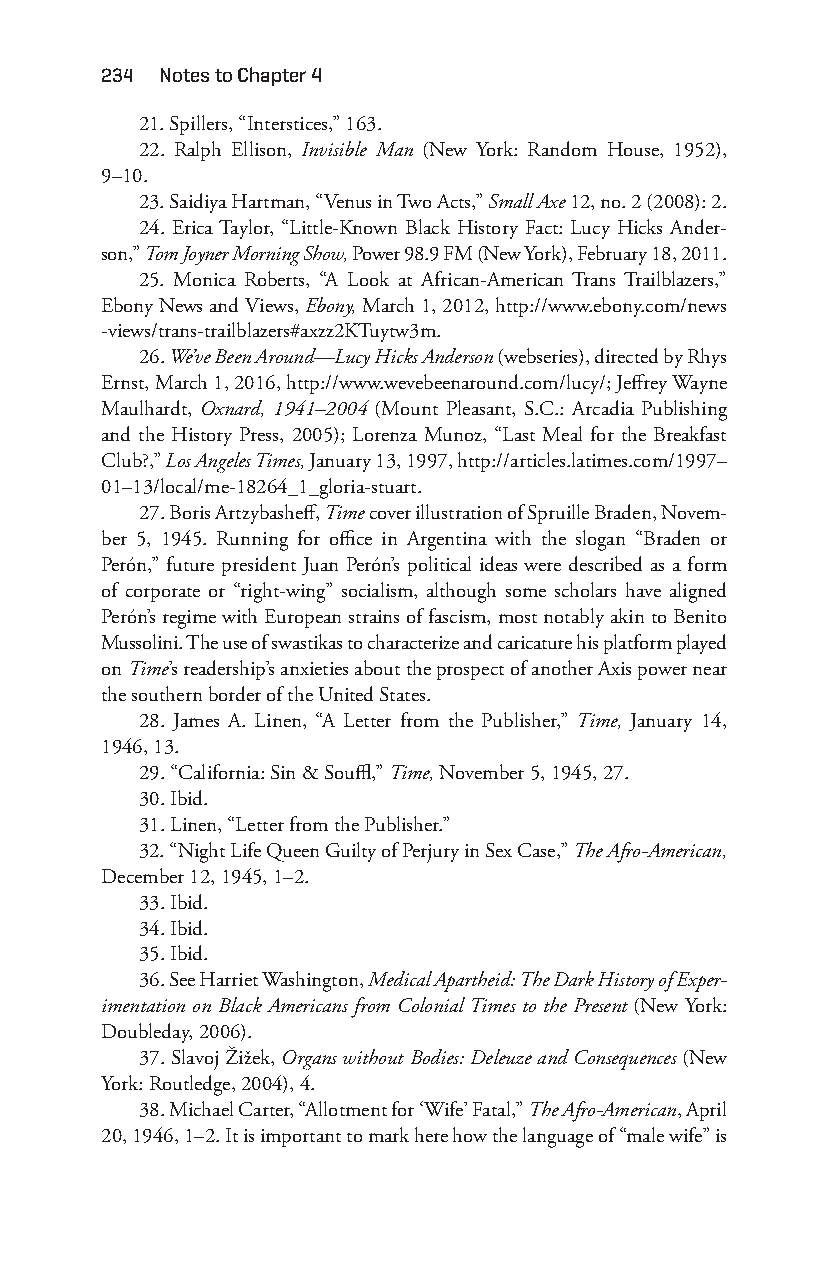
234 notes to chapter 4
 21. Spillers, “Interstices,” 163.
 22. Ralph Ellison, Invisible Man (New York: Random House, 1952),
 9– 10.
 23. Saidiya Hartman, “Venus in Two Acts,” Small Axe 12, no. 2 (2008): 2.
 24. Erica Taylor, “Little-K nown Black History Fact: Lucy Hicks Ander-
 son,” Tom Joyner Morning Show, Power 98.9 FM (New York), February 18, 2011.
 25. Monica Roberts, “A Look at African- American Trans Trailblazers,”
 Ebony News and Views, Ebony, March 1, 2012, http://www.ebony.com/news
 -views/trans-trailblazers#axzz2KTuytw3m.
 26. We’ve Been Around— Lucy Hicks Anderson (webseries), directed by Rhys
 Ernst, March 1, 2016, http://www.wevebeenaround.com/lucy/; Jeffrey Wayne
 Maulhardt, Oxnard, 1941– 2004 (Mount Pleasant, S.C.: Arcadia Publishing
 and the History Press, 2005); Lorenza Munoz, “Last Meal for the Breakfast
 Club?,” Los Angeles Times, January 13, 1997, http://articles.latimes.com/1997–
 01–13/local/me-18264_1_gloria-stuart.
 27. Boris Artzybasheff, Time cover illustration of Spruille Braden, Novem-
 ber 5, 1945. Running for office in Argentina with the slogan “Braden or
 Perón,” future president Juan Perón’s political ideas were described as a form
 of corporate or “right-w ing” socialism, although some scholars have aligned
 Perón’s regime with European strains of fascism, most notably akin to Benito
 Mussolini. The use of swastikas to characterize and caricature his platform played
 on Time’s readership’s anxieties about the prospect of another Axis power near
 the southern border of the United States.
 28. James A. Linen, “A Letter from the Publisher,” Time, January 14,
 1946, 13.
 29. “California: Sin & Souffl,” Time, November 5, 1945, 27.
 30. Ibid.
 31. Linen, “Letter from the Publisher.”
 32. “Night Life Queen Guilty of Perjury in Sex Case,” The Afro- American,
 December 12, 1945, 1– 2.
 33. Ibid.
 34. Ibid.
 35. Ibid.
 36. See Harriet Washington, Medical Apartheid: The Dark History of Exper-
 imentation on Black Americans from Colonial Times to the Present (New York:
 Doubleday, 2006).
 37. Slavoj Žižek, Organs without Bodies: Deleuze and Consequences (New
 York: Routledge, 2004), 4.
 38. Michael Carter, “Allotment for ‘Wife’ Fatal,” The Afro- American, April
 20, 1946, 1– 2. It is important to mark here how the language of “male wife” is
 Snorton.indd 234                            29/09/2017 8:41:13 AM